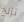
تزلج